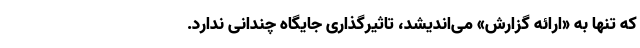
که تنها به «ارائه گزارش» می‌اندیشد، تاثیرگذاری جایگاه چندانی ندارد.